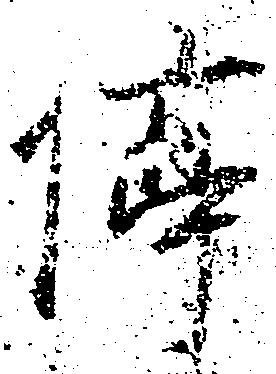
停